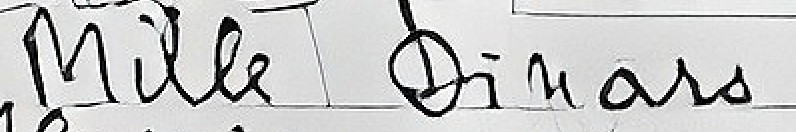
Mille Dinars